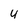
Character: 4